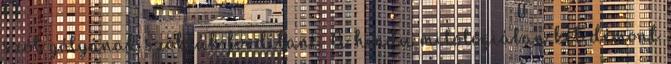
szót gólyának szokták fordítani. A hindu mitológiában két démont